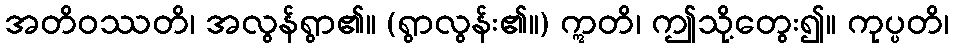
အတိဝဿတိ၊ အလွန်ရွာ၏။ (ရွာလွန်း၏။) ဣတိ၊ ဤသို့တွေး၍။ ကုပ္ပတိ၊